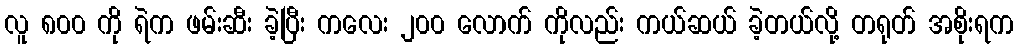
လူ ၈၀၀ ကို ရဲက ဖမ်းဆီး ခဲ့ပြီး ကလေး ၂၀၀ လောက် ကိုလည်း ကယ်ဆယ် ခဲ့တယ်လို့ တရုတ် အစိုးရက